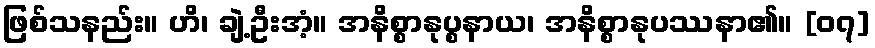
ဖြစ်သနည်း။ ဟိ၊ ချဲ့ဦးအံ့။ အနိစ္စာနုပ္စနာယ၊ အနိစ္စာနုပဿနာ၏။ [၀၇]